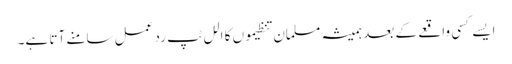
ایسے کسی واقعے کے بعد ہمیشہ مسلمان تنظیموں کا الل ٹپ رد عمل سامنے آتا ہے۔